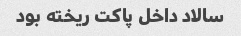
سالاد داخل پاکت ریخته بود